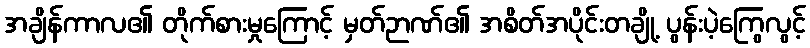
အချိန်ကာလ၏ တိုက်စားမှုကြောင့် မှတ်ဉာဏ်၏ အစိတ်အပိုင်းတချို့ ပွန်းပဲ့ကြွေလွင့်